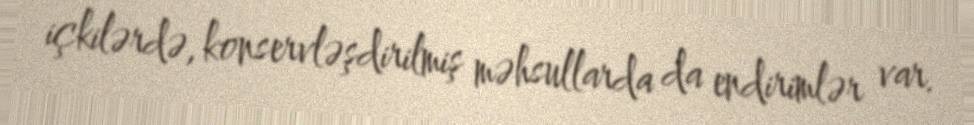
içkilərdə, konservləşdirilmiş məhsullarda da endirimlər var.